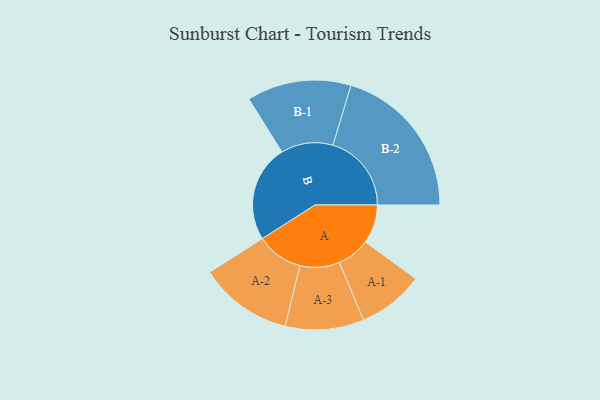
{"axis": {"x": "Segment", "y": "Value"}, "legend": ["", "A", "B"], "data": [{"x": "A", "y": 128, "type": ""}, {"x": "B", "y": 320, "type": ""}, {"x": "A-1", "y": 109, "type": "A"}, {"x": "A-2", "y": 154, "type": "A"}, {"x": "A-3", "y": 130, "type": "A"}, {"x": "B-1", "y": 172, "type": "B"}, {"x": "B-2", "y": 259, "type": "B"}]}